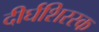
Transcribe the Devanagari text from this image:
दीर्घशिरस्क